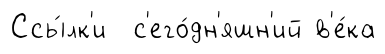
Ссы́лк'и с'его́дн'яшн'ий в'е́ка